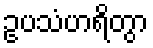
ဥပသံဟရိတွာ